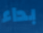
بداء